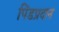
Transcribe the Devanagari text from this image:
पिंडप्रदान